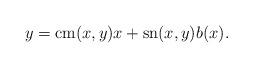
LaTeX: \begin{align*} y = \mathrm{cm}(x,y)x + \mathrm{sn}(x,y)b(x). \end{align*}